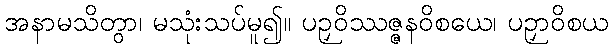
အနာမသိတွာ၊ မသုံးသပ်မူ၍။ ပဉှဝိဿဇ္ဇနဝိစယေ၊ ပဉှာဝိစယ